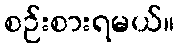
စဉ်းစားရမယ်။